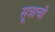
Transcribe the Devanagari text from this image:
सूत्राची